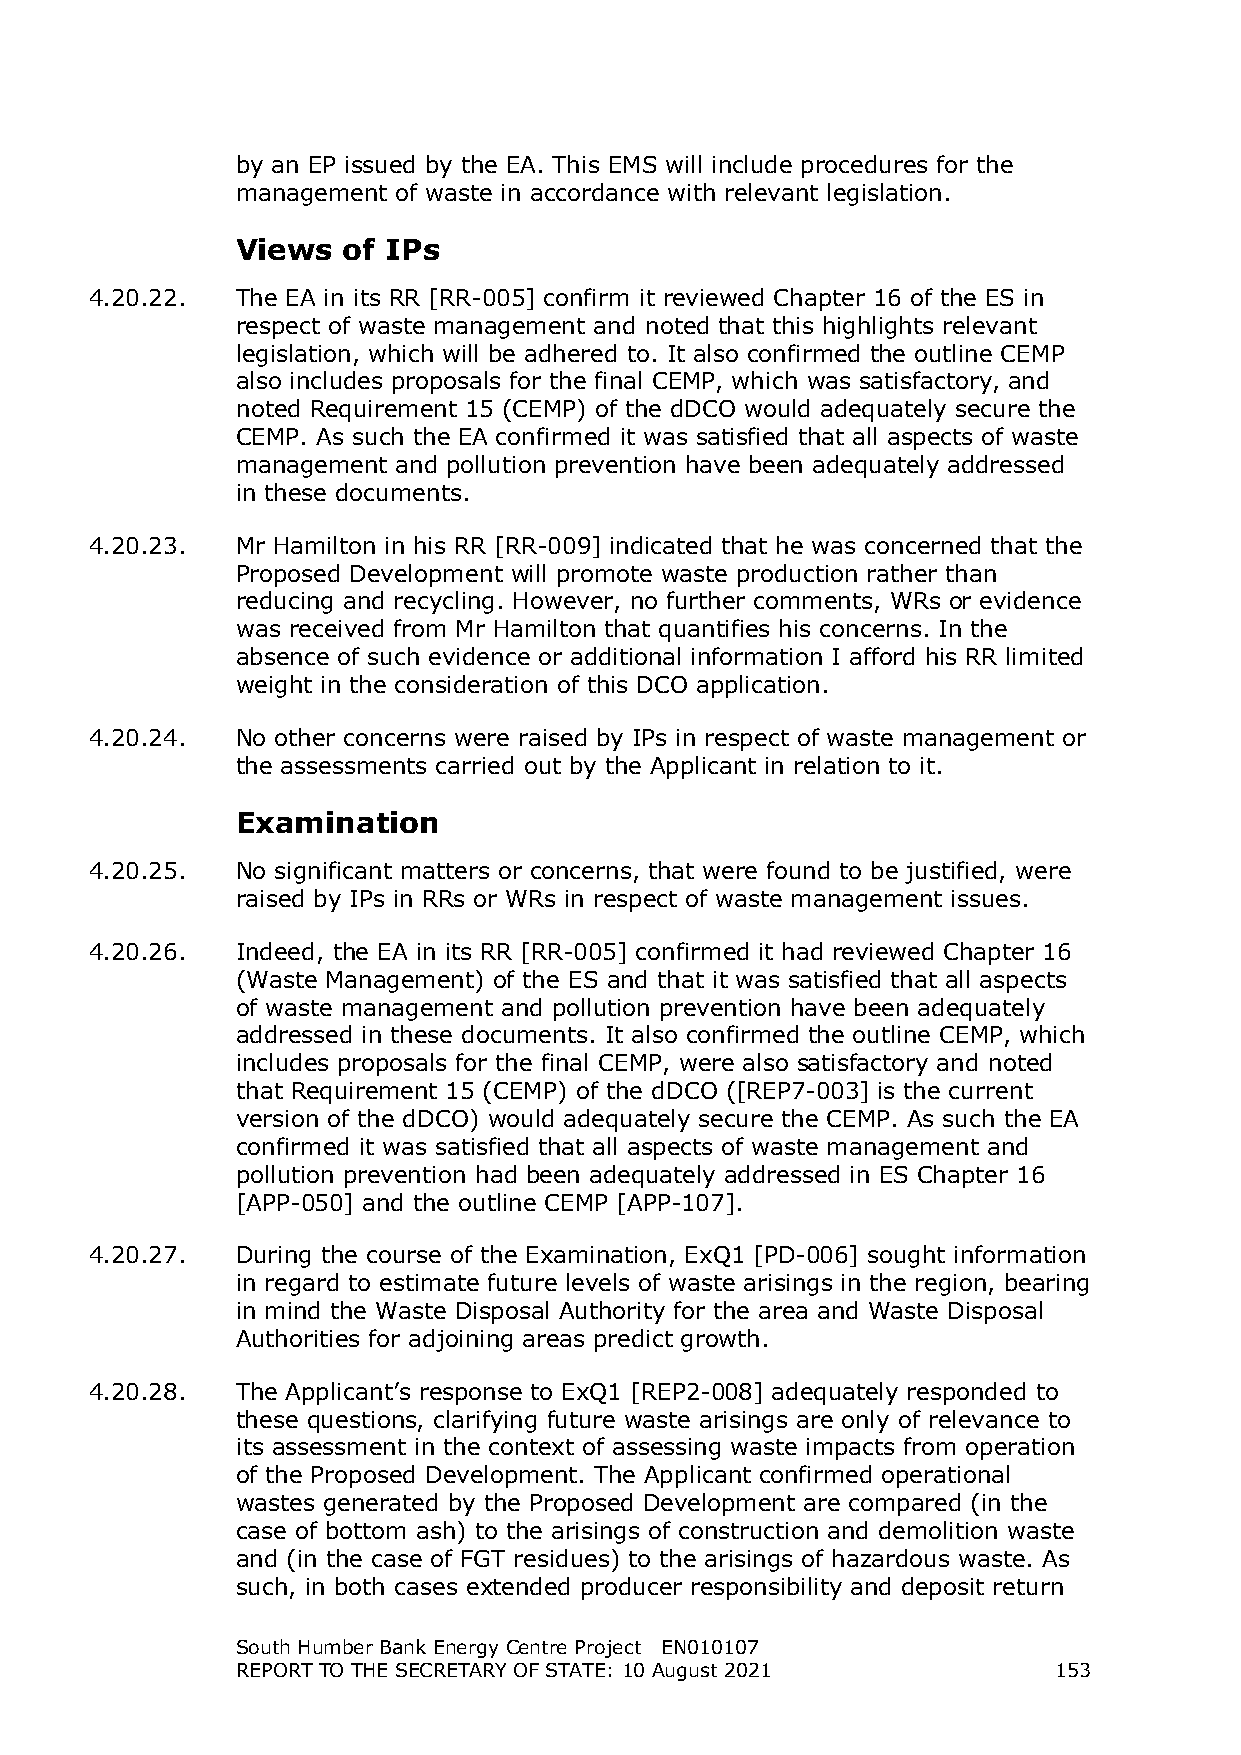
by an EP issued by the EA. This EMS will include procedures for the
 management of waste in accordance with relevant legislation.
 Views  of IPs
 4.20.22.  The EA in its RR [RR-005] confirm it reviewed Chapter 16 of the ES in
 respect of waste management and noted that this highlights relevant
 legislation, which will be adhered to. It also confirmed the outline CEMP
 also includes proposals for the final CEMP, which was satisfactory, and
 noted Requirement 15 (CEMP) of the dDCO would adequately secure the
 CEMP. As such the EA confirmed it was satisfied that all aspects of waste
 management and pollution prevention have been adequately addressed
 in these documents.
 4.20.23.  Mr Hamilton in his RR [RR-009] indicated that he was concerned that the
 Proposed Development will promote waste production rather than
 reducing and recycling. However, no further comments, WRs or evidence
 was received from Mr Hamilton that quantifies his concerns. In the
 absence of such evidence or additional information I afford his RR limited
 weight in the consideration of this DCO application.
 4.20.24.  No other concerns were raised by IPs in respect of waste management or
 the assessments carried out by the Applicant in relation to it.
 Examination
 4.20.25.  No significant matters or concerns, that were found to be justified, were
 raised by IPs in RRs or WRs in respect of waste management issues.
 4.20.26.  Indeed, the EA in its RR [RR-005] confirmed it had reviewed Chapter 16
 (Waste Management) of the ES and that it was satisfied that all aspects
 of waste management and pollution prevention have been adequately
 addressed in these documents. It also confirmed the outline CEMP, which
 includes proposals for the final CEMP, were also satisfactory and noted
 that Requirement 15 (CEMP) of the dDCO ([REP7-003] is the current
 version of the dDCO) would adequately secure the CEMP. As such the EA
 confirmed it was satisfied that all aspects of waste management and
 pollution prevention had been adequately addressed in ES Chapter 16
 [APP-050] and the outline CEMP [APP-107].
 4.20.27.  During the course of the Examination, ExQ1 [PD-006] sought information
 in regard to estimate future levels of waste arisings in the region, bearing
 in mind the Waste Disposal Authority for the area and Waste Disposal
 Authorities for adjoining areas predict growth.
 4.20.28.  The Applicant’s response to ExQ1 [REP2-008] adequately responded to
 these questions, clarifying future waste arisings are only of relevance to
 its assessment in the context of assessing waste impacts from operation
 of the Proposed Development. The Applicant confirmed operational
 wastes generated by the Proposed Development are compared (in the
 case of bottom ash) to the arisings of construction and demolition waste
 and (in the case of FGT residues) to the arisings of hazardous waste. As
 such, in both cases extended producer responsibility and deposit return
 South Humber Bank Energy Centre Project EN010107
 REPORT TO THE SECRETARY OF STATE: 10 August 2021      153